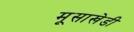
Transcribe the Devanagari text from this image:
मूसाखेडी